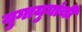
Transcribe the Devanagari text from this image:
युगायुगांची